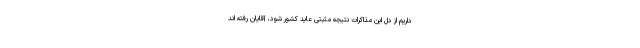
داریم از دل این مذاکرات نتیجه مثبتی عاید کشور شود، آقایان رفته اند